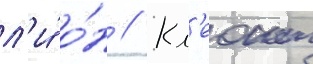
л'и́ о́н // Кл'еонт